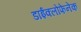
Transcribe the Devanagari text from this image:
डाईक्लोफेनेक